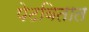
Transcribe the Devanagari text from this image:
पेटवितात